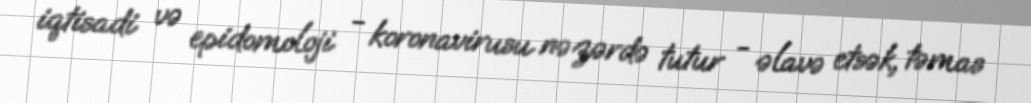
iqtisadi və epidomoloji - koronavirusu nəzərdə tutur - əlavə etsək, təmas